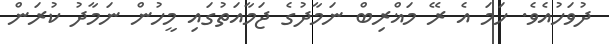
ދުވަހުއެވެ. ހަމަ އެ ރޭ މަޣްރިބް ނަމާދުގެ ޖަމާއަތުގައި މީހުން ނަމާދު ކުރަން